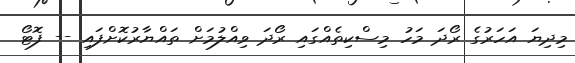
މިދިޔަ އަހަރުގެ ރޯދަ މަހު މިސްކިތެއްގައި ރޯދަ ވިއްލުމަށް ތައްޔާރުކޮށްފައި -- ފޮޓޯ